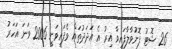
26 ޝޮޓު ފޮނުވާލާފައިވާ އިރު އެ އަދަދުތައް ވެފައިވަނީ 2006 ވަނަ އަހަރު